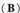
(B)